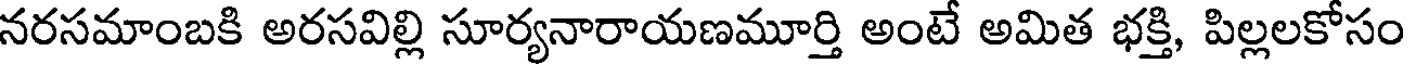
నరసమాంబకి అరసవిల్లి సూర్యనారాయణమూర్తి అంటే అమిత భక్తి, పిల్లలకోసం